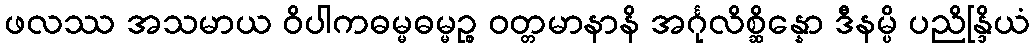
ဖလဿ အသမာယ ဝိပါကဓမ္မဓမ္မဉ္စ ဝတ္တမာနာနိ အင်္ဂုလိစ္ဆိန္နော ဒီနမ္ပိ ပညိန္ဒြိယံ